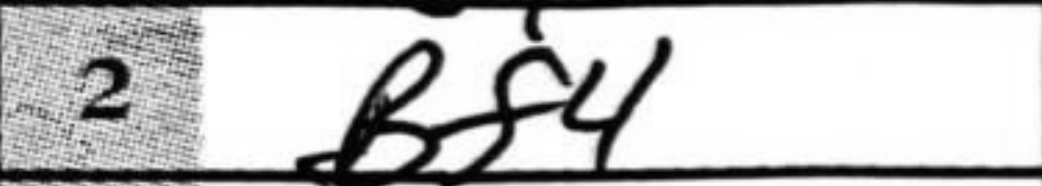
Transcription: Bf4